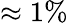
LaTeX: \approx 1\%